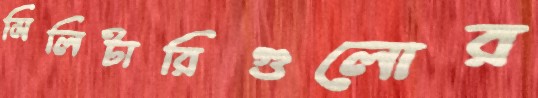
মিলিটারিগুলোর